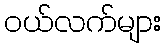
ဝယ်လက်များ